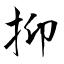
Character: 抑